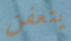
يتعفن